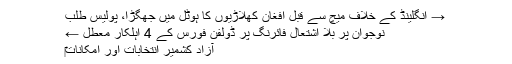
→ انگلینڈ کے خلاف میچ سے قبل افغان کھلاڑیوں کا ہوٹل میں جھگڑا، پولیس طلب
نوجوان پر بلا اشتعال فائرنگ پر ڈولفن فورس کے 4 اہلکار معطل ←
آزاد کشمیر انتخابات اور امکانات‎